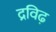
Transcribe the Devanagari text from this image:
द्रविढ़